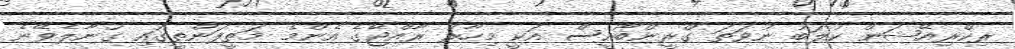
ރިކްރިއޭޝަން ކުލަބު ނުވަތަ ގްރީންބޯއީސް އަކީ މިހާރު ރާއްޖޭގެ އެންމެ މަތީފަންތީގައި ގުނާލެވޭނެ